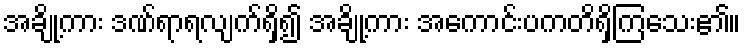
အချို့ကား ဒဏ်ရာရလျက်ရှိ၍ အချို့ကား အကောင်းပကတိရှိကြသေး၏။